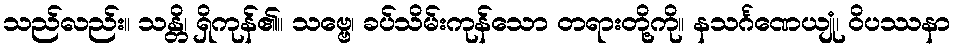
သည်လည်း။ သန္တိ၊ ရှိကုန်၏။ သဗ္ဗေ၊ ခပ်သိမ်းကုန်သော တရားတို့ကို။ နသင်္ဂဏေယျုံ၊ ဝိပဿနာ